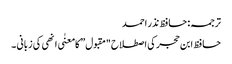
ترجمہ: حافظ نذر احمد
حافظ ابن حجر کی اصطلاح "مقبول” کا معنٰی انھی کی زبانی ۔